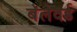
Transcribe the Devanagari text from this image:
बॅलेवर्ड